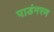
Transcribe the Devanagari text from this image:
पाडंमरण